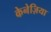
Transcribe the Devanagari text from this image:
केनेज़िया